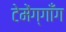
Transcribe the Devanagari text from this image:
टेमेंग्गाँग